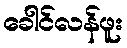
ခေါင်လန်ဖူး